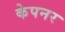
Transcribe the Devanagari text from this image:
केपनर